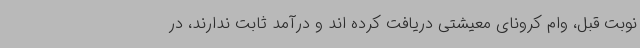
نوبت قبل، وام کرونای معیشتی دریافت کرده اند و درآمد ثابت ندارند، در